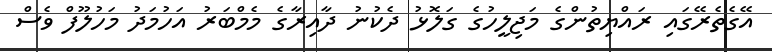
އޭގެތެރޭގައި ރައްޔިތުންގެ މަޖިލީހުގެ ގަލޮޅު ދެކުނު ދާއިރާގެ މެމްބަރު އަހުމަދު މަހުލޫފް ވެސް